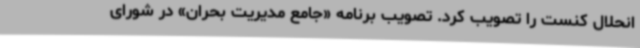
انحلال کنست را تصویب کرد. تصویب برنامه «جامع مدیریت بحران» در شورای